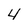
Character: 4